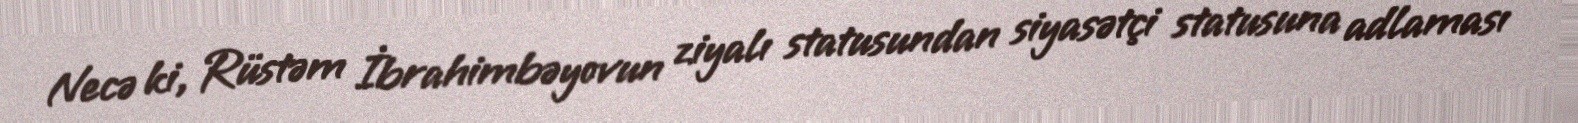
Necə ki, Rüstəm İbrahimbəyovun ziyalı statusundan siyasətçi statusuna adlaması